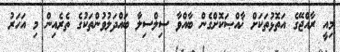
މިއީ ރާއްޖޭގެ އަތޮޅުތަކަށް ޚާއްޞަކޮށްގެން ބާއްވާ ސިލްސިލާ ބައްދަލުވުންތަކުގެ ތެރެއިން މި އަހަރު